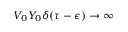
V _ { 0 } Y _ { 0 } \delta ( \tau - \epsilon ) \to \infty